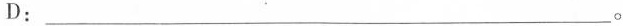
D：___。